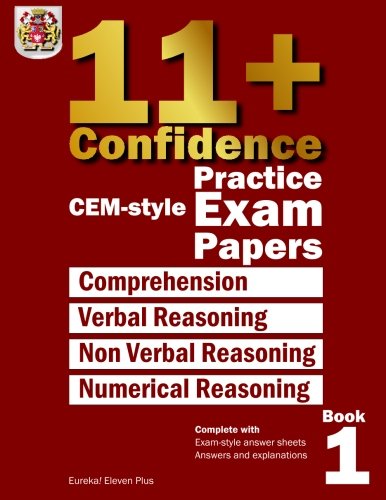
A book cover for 11+ Confidence: CEM-style Practice Exam Papers Book 1: Complete with answers and full explanations (Volume 1); Eureka! Eleven Plus Exams; Test Preparation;